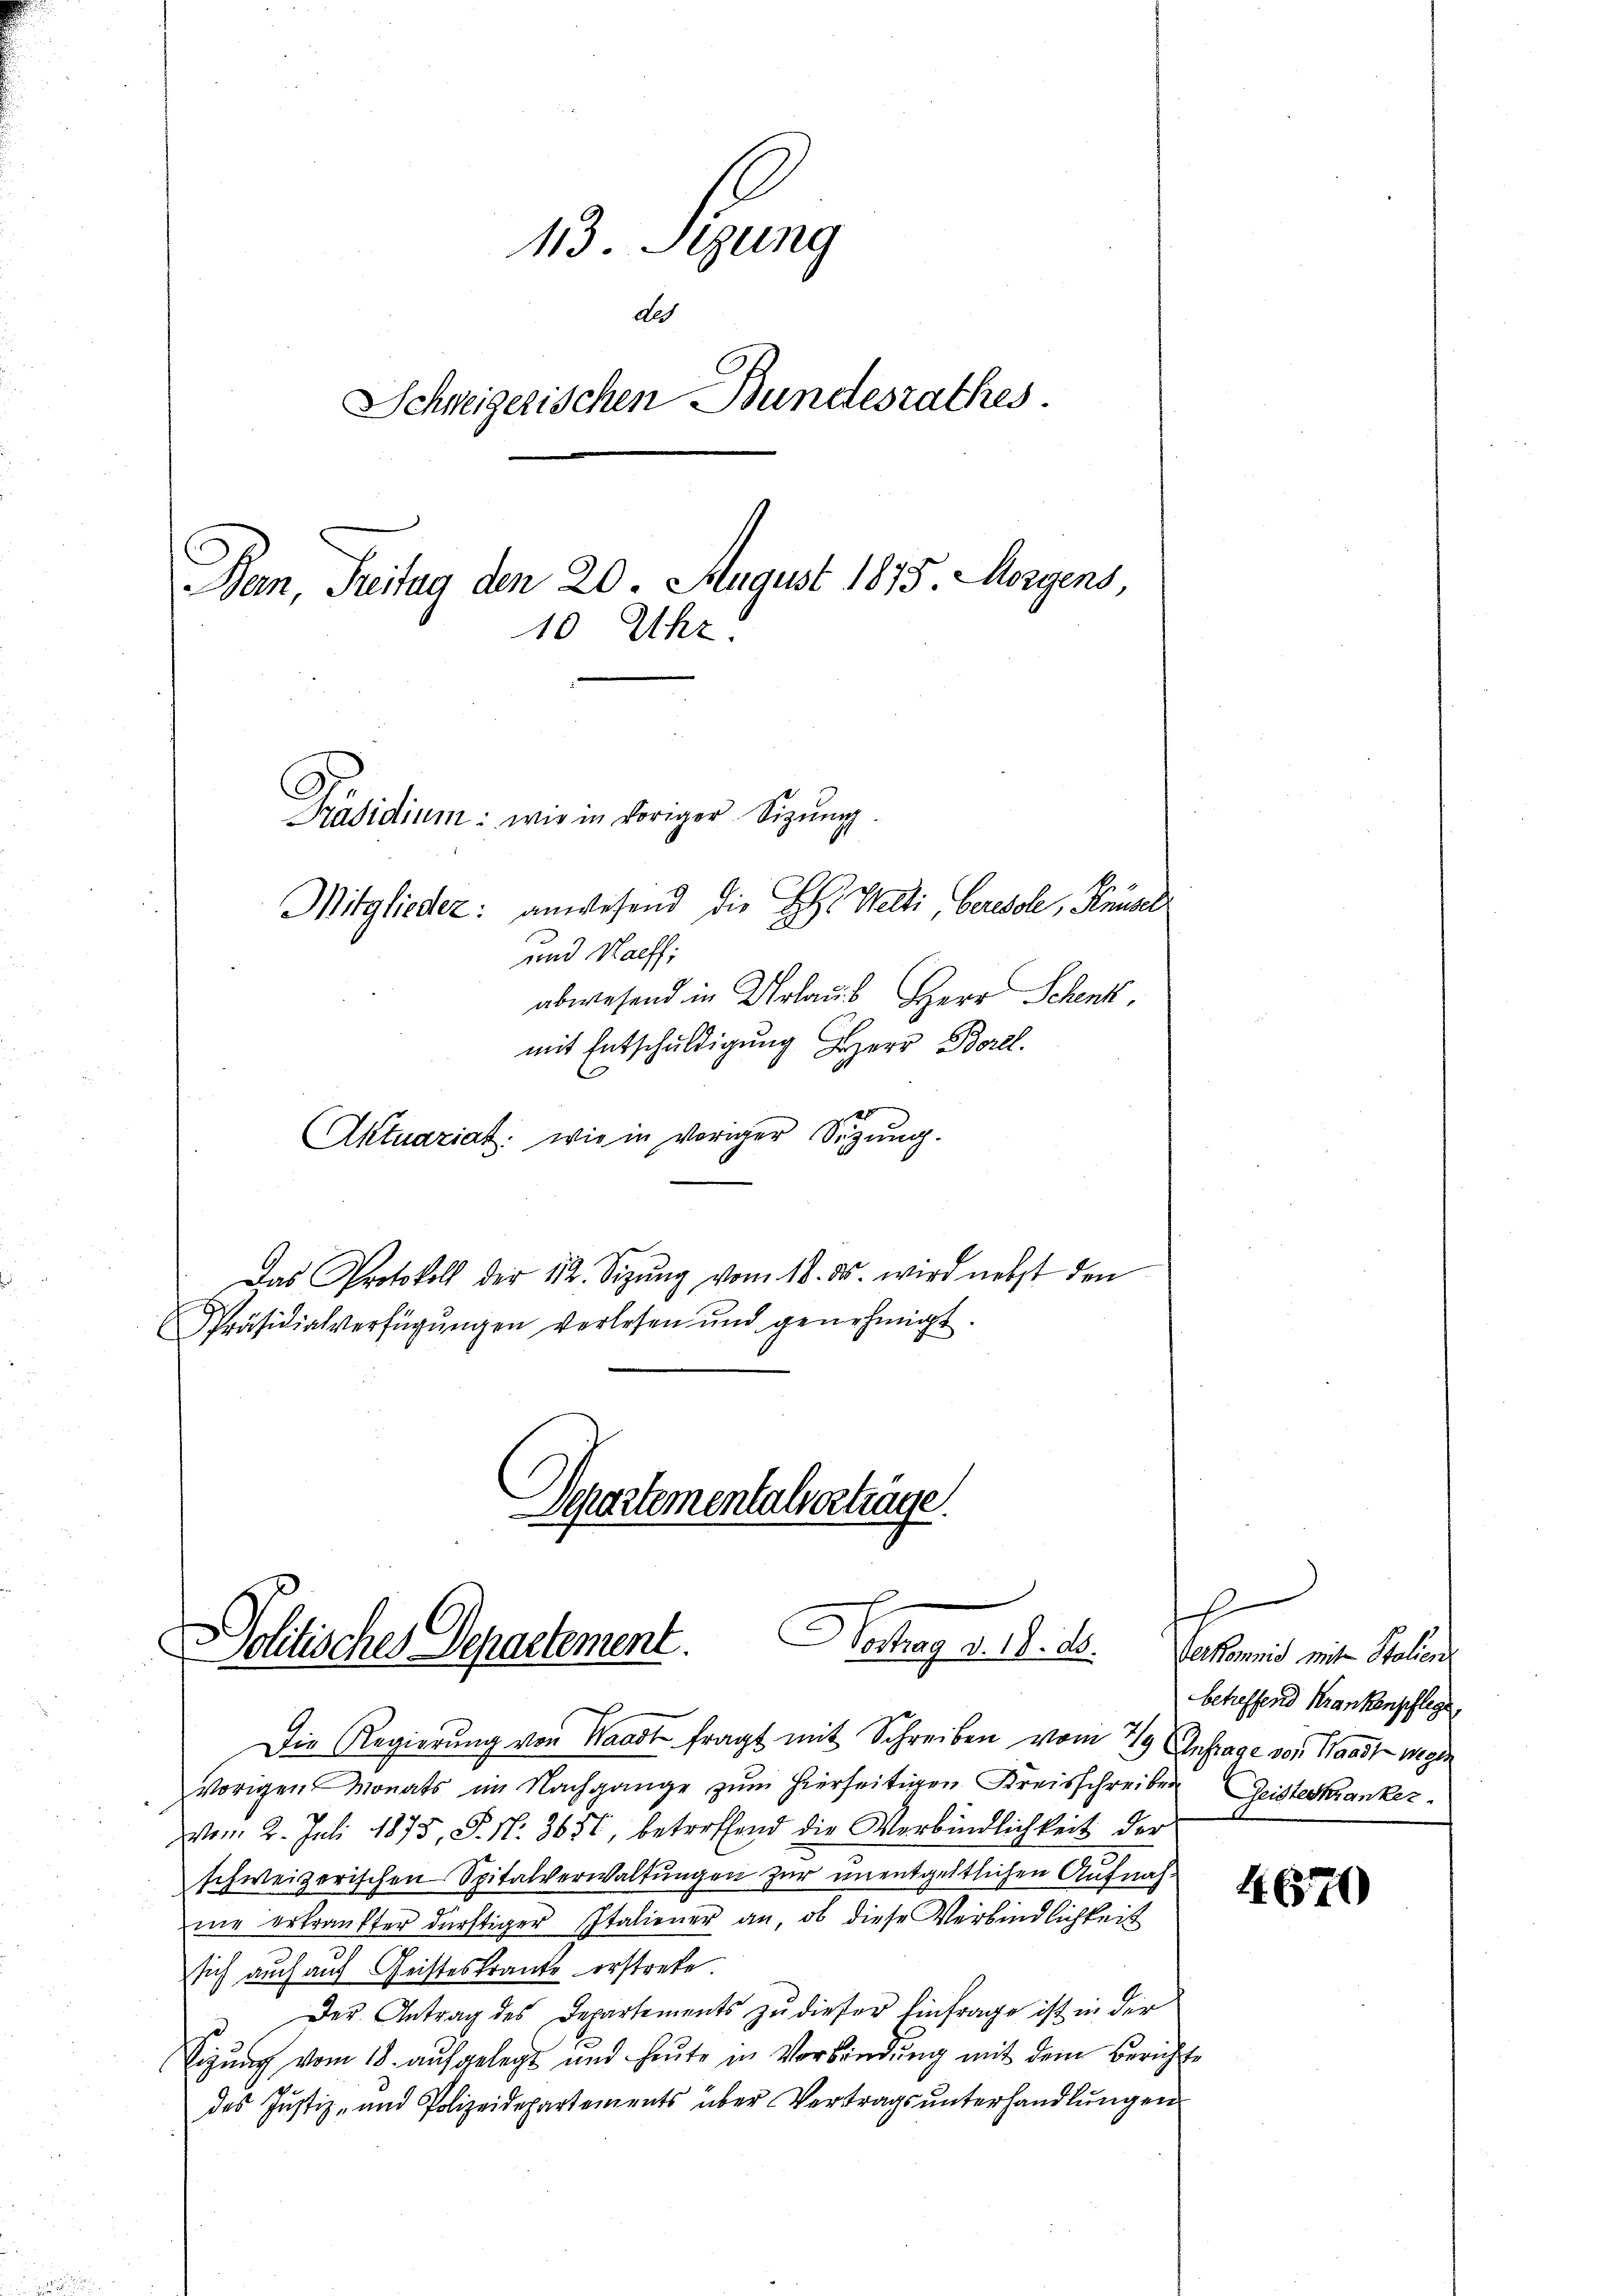
13. Setzung
des
Schweigerischen Bundesrathes.
Dan, Freitag den 20. August 1875. Morgens,
10 Uhr.
Präsidium: wie in voriger Sitzŭng
Mitglieder: anwesend die H: Welti, beresol, Knüsel
und Haeff;
abwesend in Urlaub, Herr Schenk,
mit Entschuldigung Herr Borel.

Aktuariat: wie in voriger Sigŭng.
Das Protokoll der 112. Sizŭng vom 18. ds. wird nebst den
Präsidialverfügungen verlesen und genehmigt.

Separtementalverträge.
Haag a. d. d.
Dolitisches Departement.

Die Regierung von Waadt fragt mit Schreiben vom 79 Anfrage von Waadt wegen
vorigen Monats im Nachgange zum hierseitigen Kreisschreiben Geisteskranker¬
Vom 2. Juli 1875, S. N. 3651, betreffend die Verbindlichkeit der
schweizerischen Spitalverwaltungen zur unentgeltlichen Aufnah-
nie erkranfter dürftiger Italiener an, ob diese Verbindlichkeit
sich auch auf Geisteskranke erstrete.
p der Antrag des Departements zŭ dieser Einfrage ist in der
Sigung vom 18. aufgelegt und heute in Verbindung mit dem Berichte
des Justiz- und Polizeidepartements über Vertragsunterhandlungen

h
Verkommis mit Stalien
betreffend Krankenschlege,

1671)